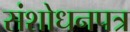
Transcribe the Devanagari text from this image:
संशोधनपत्र